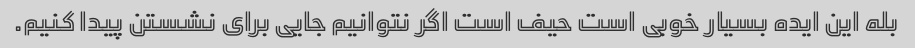
بله این ایده بسیار خوبی است حیف است اگر نتوانیم جایی برای نشستن پیدا کنیم.